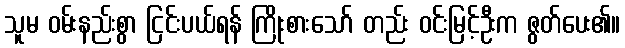
သူမ ဝမ်းနည်းစွာ ငြင်းပယ်ရန် ကြိုးစားသော် တည်း ဝင်းမြင့်ဦးက ဇွတ်ပေး၏။